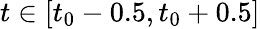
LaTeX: t\in[t_{0}-0.5,t_{0}+0.5]